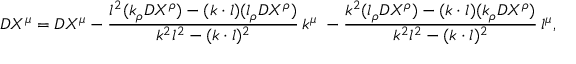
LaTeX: { \cal D } X ^ { \mu } = D X ^ { \mu } - \frac { l ^ { 2 } ( k _ { \rho } D X ^ { \rho } ) - ( k \cdot l ) ( l _ { \rho } D X ^ { \rho } ) } { k ^ { 2 } l ^ { 2 } - ( k \cdot l ) ^ { 2 } } \, k ^ { \mu } \ - \frac { k ^ { 2 } ( l _ { \rho } D X ^ { \rho } ) - ( k \cdot l ) ( k _ { \rho } D X ^ { \rho } ) } { k ^ { 2 } l ^ { 2 } - ( k \cdot l ) ^ { 2 } } \, l ^ { \mu } ,